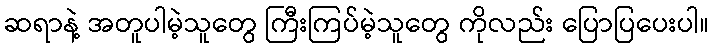
ဆရာနဲ့ အတူပါမဲ့သူတွေ ကြီးကြပ်မဲ့သူတွေ ကိုလည်း ပြောပြပေးပါ။